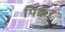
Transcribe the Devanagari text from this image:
पिर्कर